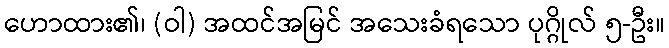
ဟောထား၏၊ (ဝါ) အထင်အမြင် အသေးခံရသော ပုဂ္ဂိုလ် ၅-ဦး။